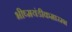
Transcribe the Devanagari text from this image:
भीष्मयंडीकमारम्भ